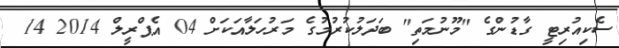
ސެކިއުރިޓީ ގާޑުންގެ "މޫނުމަތި" ބަދަލުކުރުމުގެ މަރުހަލާއަކަށް 04 އެޕްރީލް 2014 14